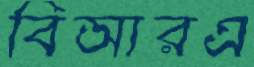
বিআরএ